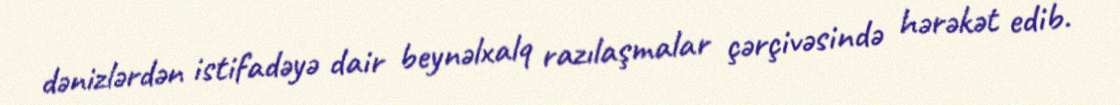
dənizlərdən istifadəyə dair beynəlxalq razılaşmalar çərçivəsində hərəkət edib.